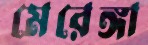
মেরেঙ্গা